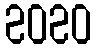
2020